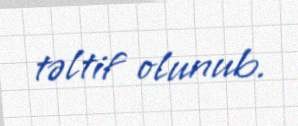
təltif olunub.